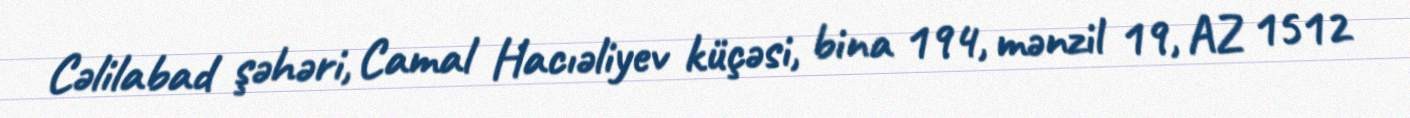
Cəlilabad şəhəri, Camal Hacıəliyev küçəsi, bina 194, mənzil 19, AZ 1512